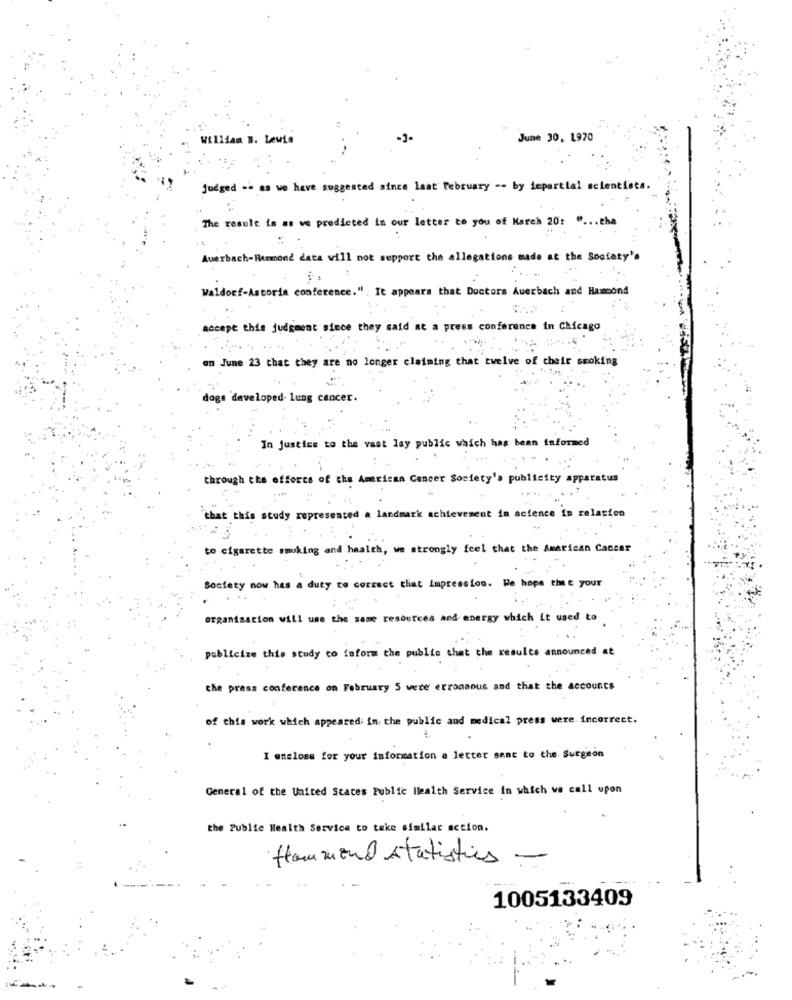
William B. Lewis
June 30, 1970
judged -- as we have suggested since laat February -- by lepartial scientists.
The result is as we predicted in our letter to you of March 20: " ... the
Auerbach-Rummond data will not support the allegations made at the Society's
Waldorf-Astoria conference.". It appears that Doctors Auerbach and Hammond
accept this judgment since they said at a press conference in Chicago
on June 23 that they are no longer claiming that twelve of their smoking
dogs developed- lung cancer.
In justice to the vast lay public which has been informed
through the efforts of the American Cancer Society's publicity apparatus
`that this study represented . landmark achievement in science in relation
to cigarette smoking and health, we strongly feel that the American Cancer
Society now has a duty to correct that Impressico. We hope that your
organisation will use the same resources and energy which it used to
publicize this study co inform the publie that the results announced at
the press conference on February S were erroneous and that the accounts
of this work which appeared in the public and medical press were. incorrect.
I enclose for your information a letter sent to the Surgeon
General of the United States Public Health Service In which we call upon
the Public Health Service to take similar action.
Hammond statistics -
1005133409